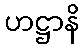
ဟဋ္ဌာနိ